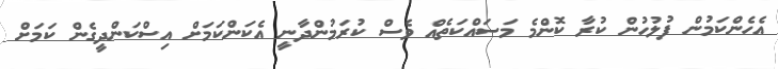
އެހެންކަމުން ފުލުހުން ކުރާ ކޮންމެ މަސައްކަތެއް ވެސް ކުރަމުންދާނީ އެކަންކަމަށް އިސްކަންދީގެން ކަމަށް